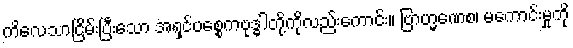
ကိလေသာငြိမ်းပြီးသော အရှင်ပစ္စေကဗုဒ္ဓါတို့ကိုလည်းကောင်း။ ဗြာဟ္မဏေစ၊ မကောင်းမှုကို